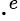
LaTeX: \cdot^{e}